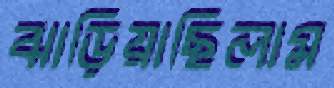
ঝাড়িয়াছিলাম